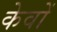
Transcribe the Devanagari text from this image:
केवों